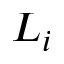
L _ { i }